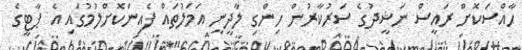
ހާއްސަކޮށް ރައީސް ނަޝީދުގެ ސަރުކާރުން ހިންގި ލާދީނީ އަމަލުތައް ފެއިންކޮށްލުމުގައި އެ ޕާޓީގެ